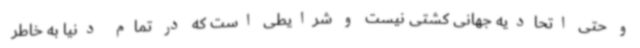
و حتی اتحادیه جهانی کشتی نیست و شرایطی است که در تمام دنیا به خاطر